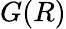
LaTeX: G(R)